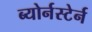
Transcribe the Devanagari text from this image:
ब्योर्नस्टेर्न